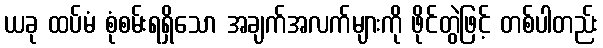
ယခု ထပ်မံ စုံစမ်းရရှိသော အချက်အလက်များကို ဖိုင်တွဲဖြင့် တစ်ပါတည်း